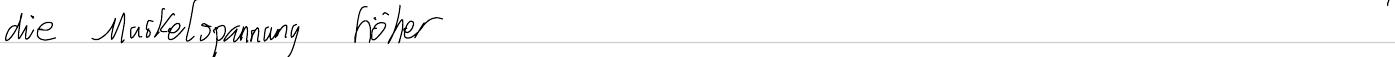
die Muskelspannung höher